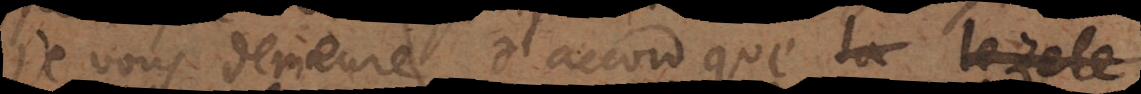
Je vous demeure d’accord que le zèle